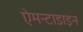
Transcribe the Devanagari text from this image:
ऐमन्टाडाइन